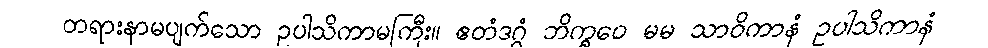
တရားနာမပျက်သော ဥပါသိကာမကြီး။ ဧတံဒဂ္ဂံ ဘိက္ခဝေ မမ သာဝိကာနံ ဥပါသိကာနံ